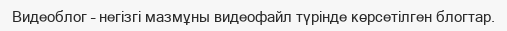
Видеоблог – негізгі мазмұны видеофайл түрінде көрсетілген блогтар.